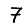
Digit: 7